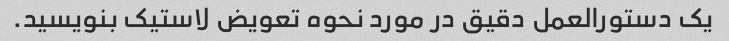
یک دستورالعمل دقیق در مورد نحوه تعویض لاستیک بنویسید.